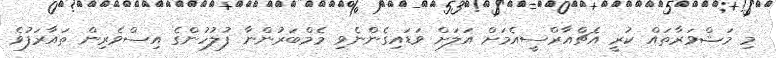
މި މަޝްވަރާތައް ކުރީ އެޗްއާރްސީއެމަށް އަލަށް ވަޑައިގެންނެވި މެމްބަރުންނާ ފުލުހުންގެ އިސްވެރިން ތައާރަފުވެ